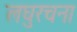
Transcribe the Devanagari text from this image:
लघुरचना